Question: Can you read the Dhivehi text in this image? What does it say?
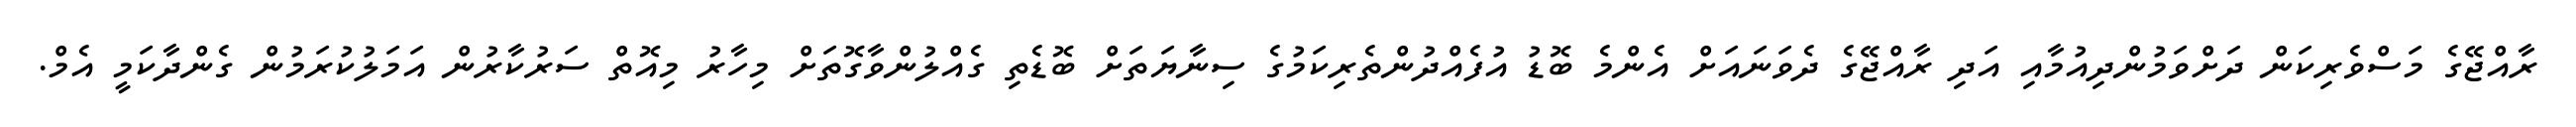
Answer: ރާއްޖޭގެ މަސްވެރިކަން ދަށްވަމުންދިއުމާއި އަދި ރާއްޖޭގެ ދެވަނައަށް އެންމެ ބޮޑު އުފެއްދުންތެރިކަމުގެ ސިނާޔަތަށް ބޮޑެތި ގެއްލުންވާގޮތަށް މިހާރު މިއޮތް ސަރުކާރުން އަމަލުކުރަމުން ގެންދާކަމީ އެމް.